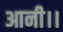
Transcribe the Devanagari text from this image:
आनी।।